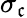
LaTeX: \sigma_{\mathfrak{c}}